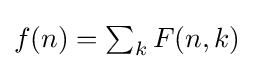
{\textstyle f(n)=\sum _{k}F(n,k)}